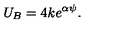
U _ { B } = 4 k e ^ { \alpha \psi } .